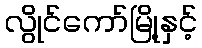
လွိုင်ကော်မြို့နှင့်